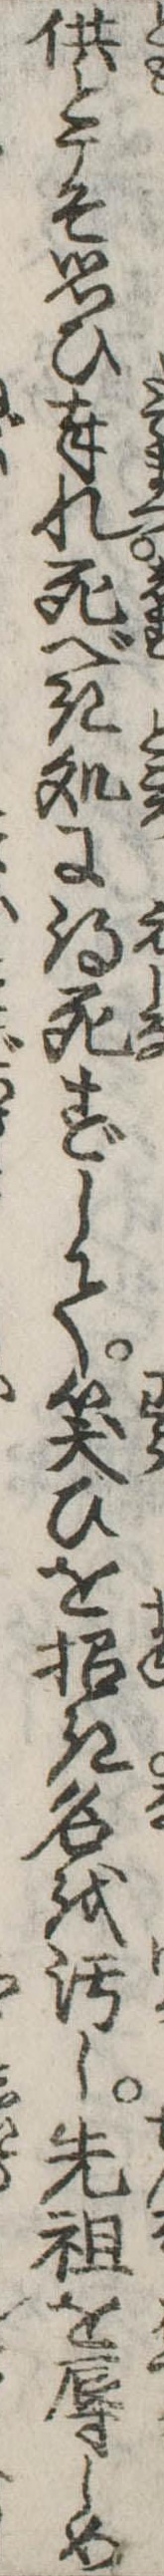
供とこそ思ひ奉れ死べき処に得死ずして笑ひを招き名を汚し先祖を辱しめ